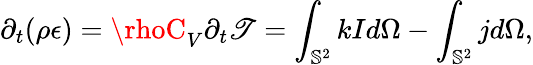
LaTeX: \partial_{t}(\rho\epsilon)=\rhoC_{V}\partial_{t}\mathscr{T}=\int_{\mathbb{{S}}^{2}}kId\Omega-\int_{\mathbb{{S}}^{2}}jd\Omega,